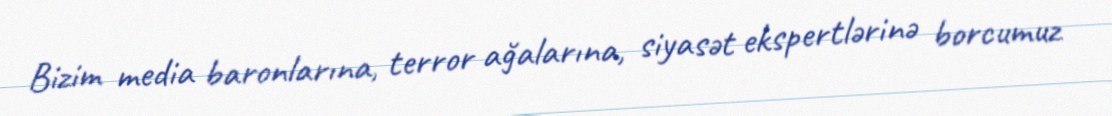
Bizim media baronlarına, terror ağalarına, siyasət ekspertlərinə borcumuz